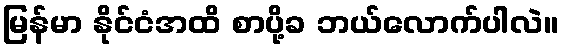
မြန်မာ နိုင်ငံအထိ စာပို့ခ ဘယ်လောက်ပါလဲ။